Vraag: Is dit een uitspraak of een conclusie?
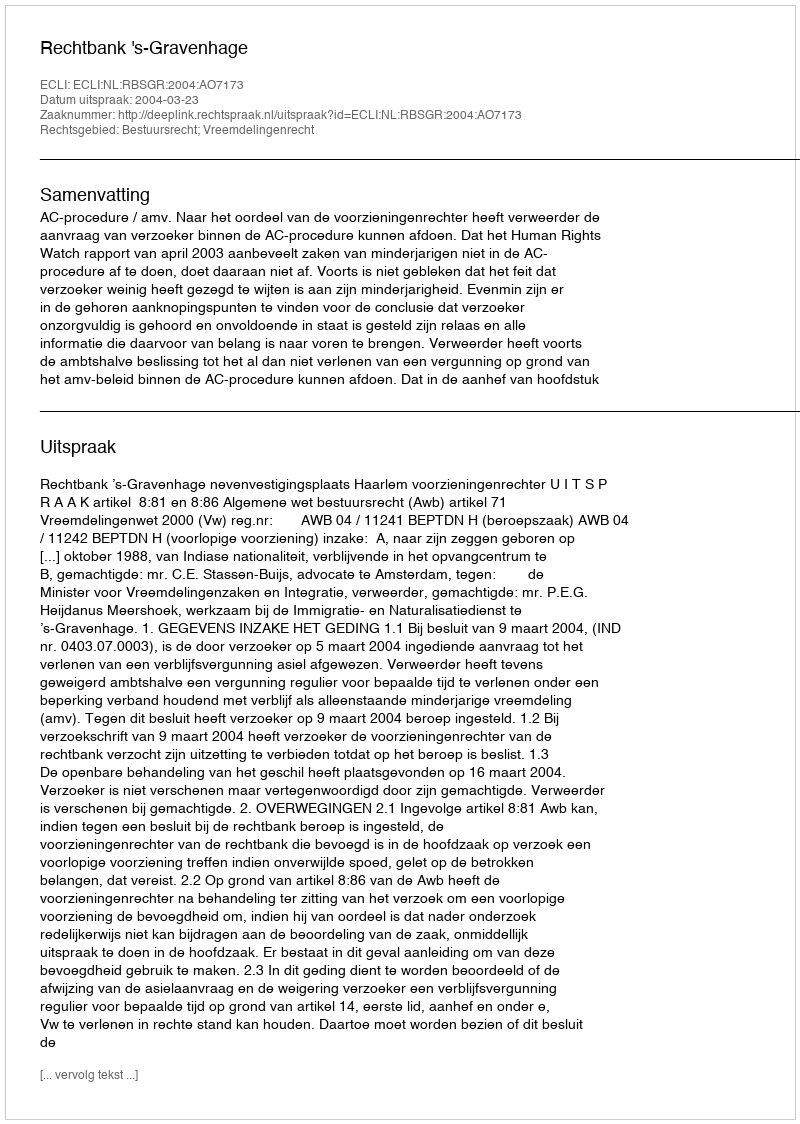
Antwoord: Uitspraak